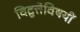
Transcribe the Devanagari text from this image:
विद्वत्तेविषयीं